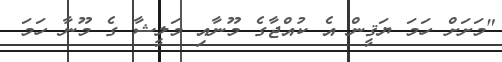
"މަށަށް ހަމަ ޔަޤީން އެ ކުއްޖާގެ މޫނާއި މަލީޝާ ގެ މޫނާ ހަމަ